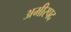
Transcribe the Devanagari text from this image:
अमीरपद